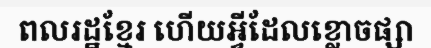
ពលរដ្ឋខ្មែរ ហើយអ្វីដែលខ្លោចផ្សា